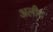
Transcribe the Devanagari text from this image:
अलीद